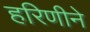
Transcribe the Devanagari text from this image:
हरिणीने